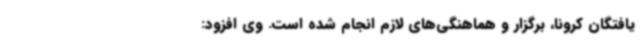
یافتگان کرونا، برگزار و هماهنگی‌های لازم انجام شده است. وی افزود: